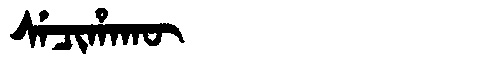
Manchu: ᠰᡝᠴᡳᡥᠠᡴᡡ
Romanization: SECIHAKŪ